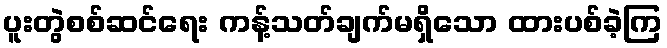
ပူးတွဲစစ်ဆင်ရေး ကန့်သတ်ချက်မရှိသော ထားပစ်ခဲ့ကြ